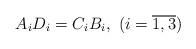
LaTeX: \begin{align*}& A_{i}D_{i}=C_{i}B_{i},\ (i=\overline{1,3})\end{align*}